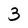
Character: 3